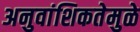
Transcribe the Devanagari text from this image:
अनुवांशिकतेमुळे